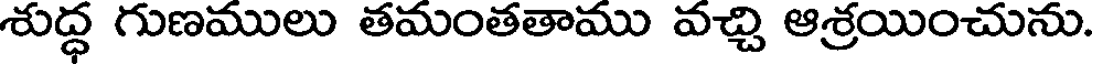
శుద్ధ గుణములు తమంతతాము వచ్చి ఆశ్రయించును